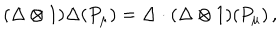
LaTeX: ( \Delta \otimes 1 ) \Delta ( P _ { \mu } ) = \Delta \cdot ( \Delta \otimes 1 ) ( P _ { \mu } ) \, ,